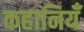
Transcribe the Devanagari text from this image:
कहानियँ